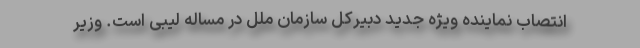
انتصاب نماینده ویژه جدید دبیرکل سازمان ملل در مساله لیبی است. وزیر